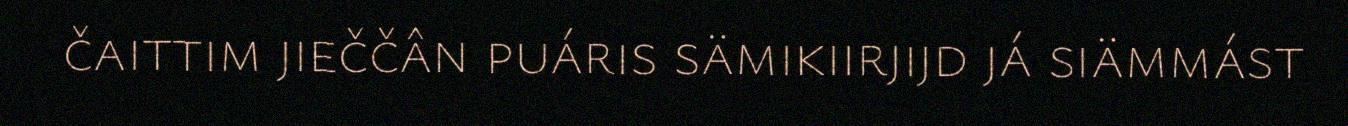
čaittim jieččân puáris sämikiirjijd já siämmást